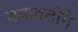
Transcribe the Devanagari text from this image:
चंपावतीने